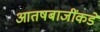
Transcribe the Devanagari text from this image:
आतषबाजींकडे